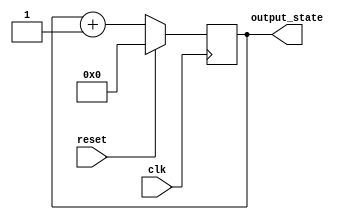
module synchronous_reset (
    input wire clk,          // Clock signal
    input wire reset,        // Synchronous reset signal
    output reg [7:0] output_state // Output state (8-bit for example)
);

// Define the reset value
parameter RESET_VALUE = 8'b00000000;

always @(posedge clk) begin
    if (reset) begin
        // If reset is asserted, set output_state to the reset value
        output_state <= RESET_VALUE;
    end else begin
        // Normal operation logic (example: simple counter)
        output_state <= output_state + 1; // Increment output_state
    end
end

endmodule